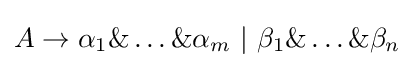
A\rightarrow \alpha _{1}\&\ldots \&\alpha _{m}\ |\ \beta _{1}\&\ldots \&\beta _{n}